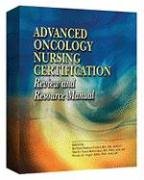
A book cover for Advanced Oncology Nursing Certification Review and Resource Manual; Barbara H. Gobel; Medical Books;